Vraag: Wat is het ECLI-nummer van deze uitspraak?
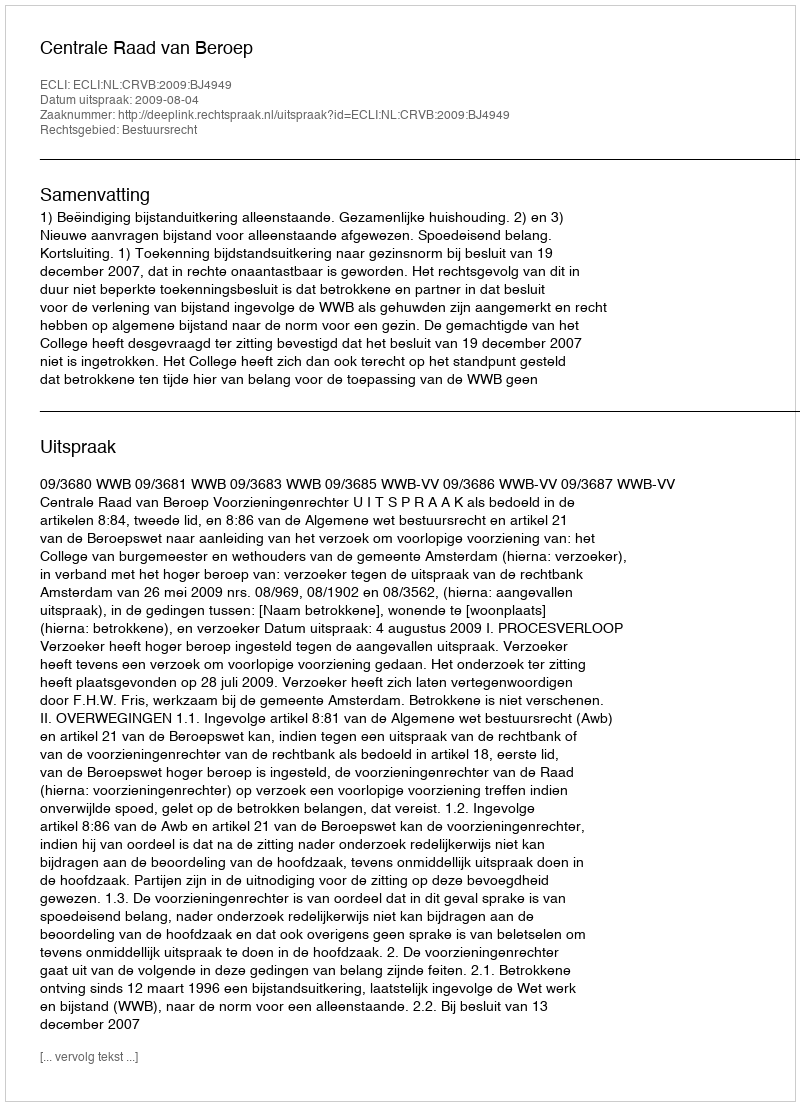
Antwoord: ECLI:NL:CRVB:2009:BJ4949